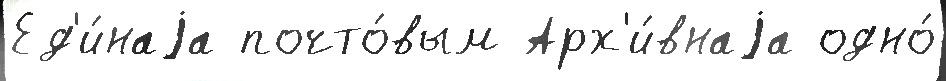
Ед'и́наjа почто́вым Арх'и́внаjа одно́